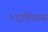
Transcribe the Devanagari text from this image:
५१इतिहास